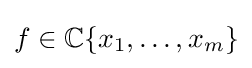
f\in \mathbb {C} \{x_{1},\ldots ,x_{m}\}